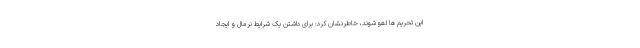
این تحریم ها لغو شوند، خاطرنشان کرد: برای داشتن یک شرایط نرمال و ایجاد